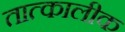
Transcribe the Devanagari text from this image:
तात्‍कालीक